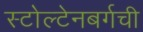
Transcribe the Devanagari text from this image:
स्टोल्टेनबर्गची